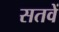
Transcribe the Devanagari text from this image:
सतवें